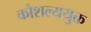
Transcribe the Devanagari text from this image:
कौशल्ययुक्त